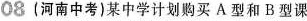
08 (河南中考)某中学计划购买A型和B型课